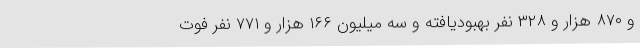
و ۸۷۰ هزار و ۳۲۸ نفر بهبودیافته و سه میلیون ۱۶۶ هزار و ۷۷۱ نفر فوت